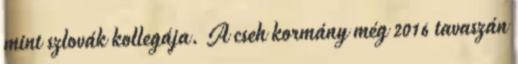
mint szlovák kollegája. A cseh kormány még 2016 tavaszán